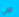
تالي